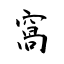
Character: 窩